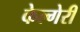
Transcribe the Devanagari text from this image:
केल्गेरी